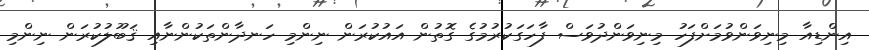
އިންޑިއާ މިނިވަންވުމަށްފަހު މިނިވަންދުވަސް ފާހަގަކުރުމުގެ ގޮތުން އައުކުރަން ނިންމި ހަނދާންތަކުންނާއި ޤަބޫލުކުރަން ނިންމި